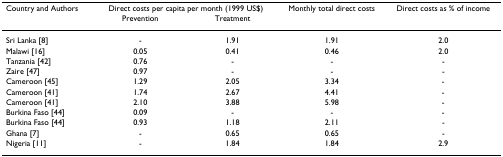
| Country and Authors | <COLSPAN=2> Direct costs per capita per month (1999 US$) | Monthly total direct costs | Direct costs as % of income |
 |  | Prevention | Treatment |  |  |
 | --- | --- | --- | --- | --- |
 | Sri Lanka [8] | - | 1.91 | 1.91 | 2.0 |
 | Malawi [16] | 0.05 | 0.41 | 0.46 | 2.0 |
 | Tanzania [42] | 0.76 | - | - | - |
 | Zaire [47] | 0.97 | - | - | - |
 | Cameroon [45] | 1.29 | 2.05 | 3.34 | - |
 | Cameroon [41] | 1.74 | 2.67 | 4.41 | - |
 | Cameroon [41] | 2.10 | 3.88 | 5.98 | - |
 | Burkina Faso [44] | 0.09 | - | - | - |
 | Burkina Faso [44] | 0.93 | 1.18 | 2.11 | - |
 | Ghana [7] | - | 0.65 | 0.65 | - |
 | Nigeria [11] | - | 1.84 | 1.84 | 2.9 |